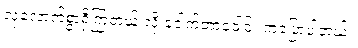
လုံလောက်စွာရှိကြတယ် လို့ ဒေါက်တာဝေါင်း ကပြောပါတယ်။